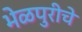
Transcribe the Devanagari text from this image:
भेळपुरीचे